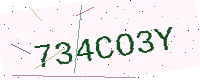
Text: 734CO3Y